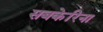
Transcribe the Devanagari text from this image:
सबकेरिना